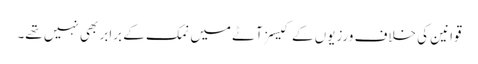
قوانین کی خلاف ورزیوں کے کیسز آٹے میں نمک کے برابر بھی نہیں تھے۔